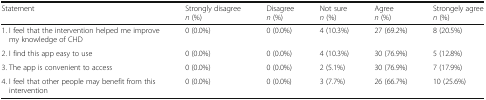
<table><thead><tr><td><b>Statement</b></td><td><b>Strongly disagree <i>n</i> (%)</b></td><td><b>Disagree <i>n</i> (%)</b></td><td><b>Not sure <i>n</i> (%)</b></td><td><b>Agree <i>n</i> (%)</b></td><td><b>Strongely agree <i>n</i> (%)</b></td></tr></thead><tbody><tr><td>1. I feel that the intervention helped me improve my knowledge of CHD</td><td>0 (0.0%)</td><td>0 (0.0%)</td><td>4 (10.3%)</td><td>27 (69.2%)</td><td>8 (20.5%)</td></tr><tr><td>2. I find this app easy to use</td><td>0 (0.0%)</td><td>0 (0.0%)</td><td>4 (10.3%)</td><td>30 (76.9%)</td><td>5 (12.8%)</td></tr><tr><td>3. The app is convenient to access</td><td>0 (0.0%)</td><td>0 (0.0%)</td><td>2 (5.1%)</td><td>30 (76.9%)</td><td>7 (17.9%)</td></tr><tr><td>4. I feel that other people may benefit from this intervention</td><td>0 (0.0%)</td><td>0 (0.0%)</td><td>3 (7.7%)</td><td>26 (66.7%)</td><td>10 (25.6%)</td></tr></tbody></table>